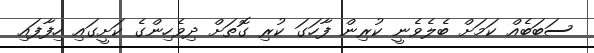
ސަބަބެއް ކަމަށް ބެލެވެނީ ކުރިން ފާހަގަ ކުރި ގޮތަށް ދިވެހިންގެ ކަށީގައި ހިފާފައި